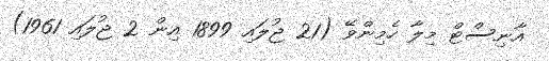
އާނިސްޓް މިލާ ހެމިންވޭ (21 ޖުލައި 1899 އިން 2 ޖުލައި 1961)